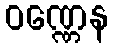
ဝဏ္ဏေန